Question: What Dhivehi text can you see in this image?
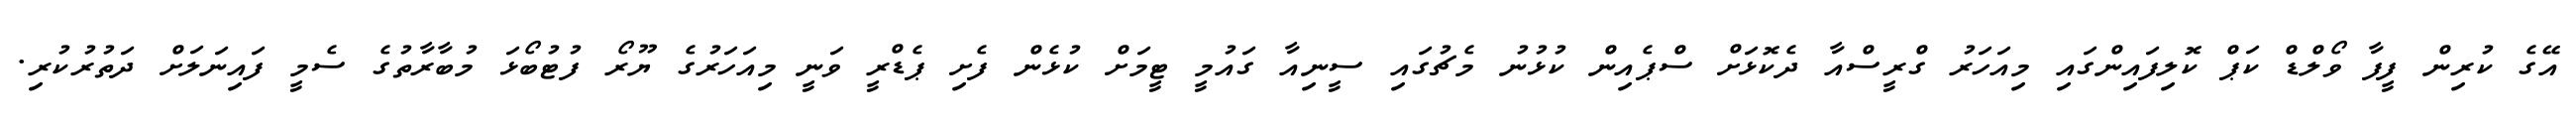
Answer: އޭގެ ކުރިން ފީފާ ވޯލްޑް ކަޕް ކޮލިފައިންގައި މިއަހަރު ގްރީސްއާ ދެކޮޅަށް ސްޕެއިން ކުޅުނު މެޗުގައި ސީނިއާ ގައުމީ ޓީމަށް ކުޅެން ފެށި ޕެޑްރީ ވަނީ މިއަހަރުގެ ޔޫރޯ ފުޓުބޯޅަ މުބާރާތުގެ ސެމީ ފައިނަލަށް ދަތުރުކުރި.